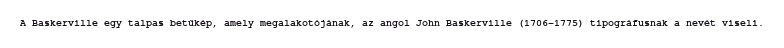
A Baskerville egy talpas betűkép, amely megalakotójának, az angol John Baskerville (1706–1775) tipográfusnak a nevét viseli.